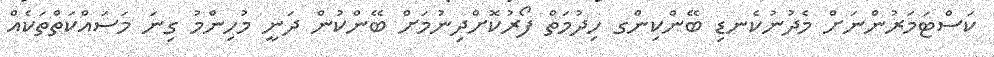
ކަސްޓަމަރުންނަށް މެދުނުކެނޑި ބޭންކިންގ ހިދުމަތް ފޯރުކޮށްދިނުމަށް ބޭންކުން ދަނީ މުހިންމު ގިނަ މަސައްކަތްތަކެއް